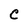
Character: C